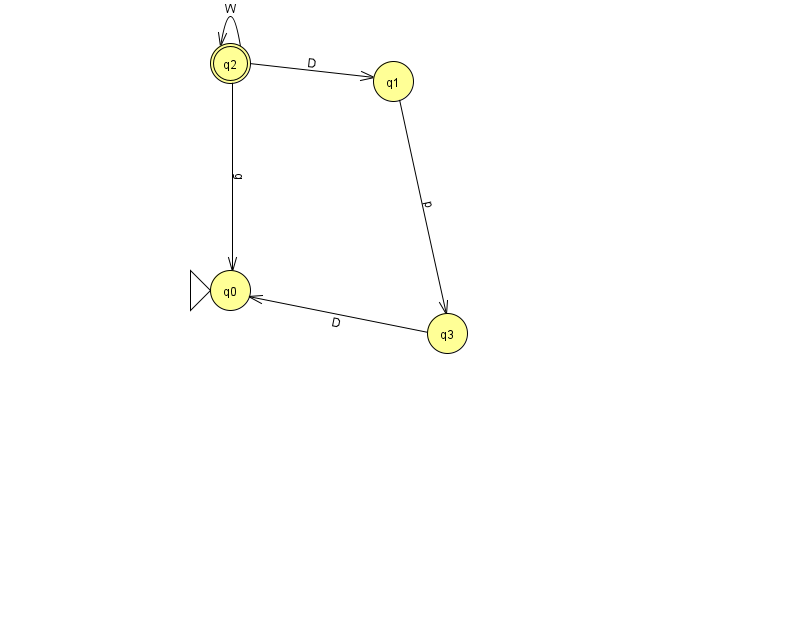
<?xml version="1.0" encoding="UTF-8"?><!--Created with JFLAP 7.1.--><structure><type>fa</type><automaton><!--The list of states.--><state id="0" name="q0"><x>230.0</x><y>277.0</y><initial/></state><state id="1" name="q1"><x>393.0</x><y>68.0</y></state><state id="2" name="q2"><x>230.0</x><y>50.0</y><final/></state><state id="3" name="q3"><x>447.0</x><y>320.0</y></state><!--The list of transitions.--><transition><from>1</from><to>3</to><read>p</read></transition><transition><from>3</from><to>0</to><read>D</read></transition><transition><from>2</from><to>2</to><read>W</read></transition><transition><from>2</from><to>0</to><read>g</read></transition><transition><from>2</from><to>1</to><read>D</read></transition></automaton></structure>